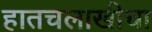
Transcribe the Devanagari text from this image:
हातचलाखीचा